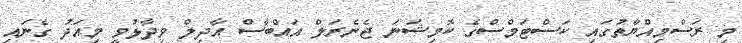
މި ރަސްމިއްޔާތުގައި ކަސްޓަމްސްގެ ކޮމިޝަނަ ޖެނެރަލް އައްބާސް އާދިލް ވިދާޅުވީ މިއަދު ގެނައި